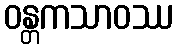
ဝန္တကသာဝဿ